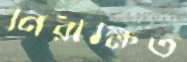
নিরীক্ষিত